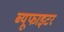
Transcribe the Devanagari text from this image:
ब्यूफाइटर